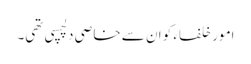
امور خلفاء کو ان سے خاصی دلچسپی تھی۔